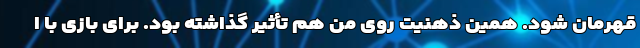
قهرمان شود. همین ذهنیت روی من هم تأثیر گذاشته بود. برای بازی با ا